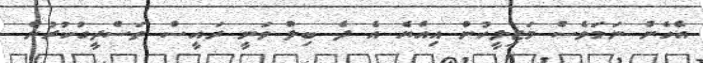
އެހެން ނަމަވެސް މަޖިލީހުން އިއްޔެ އެ ދެ ބިލް ވަނީ ރައީސް ތަސްދީގުކުރުން